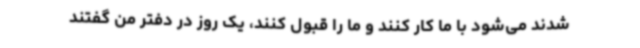
‌شدند می‌شود با ما کار کنند و ما را قبول کنند، یک روز در دفتر من گفتند